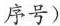
序号)